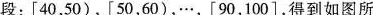
段：[40，50)，[50，60)，…，[90，100]，得到如图所